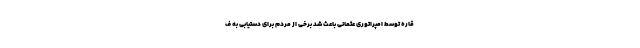
قاره توسط امپراتوری عثمانی باعث شد برخی از مردم برای دستیابی به ف